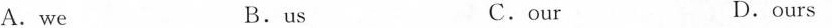
A.we B.us C.our D.ours